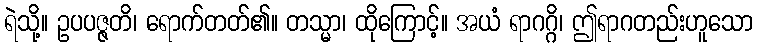
ရဲသို့။ ဥပပဇ္ဇတိ၊ ရောက်တတ်၏။ တသ္မာ၊ ထိုကြောင့်။ အယံ ရာဂဂ္ဂိ၊ ဤရာဂတည်းဟူသော